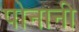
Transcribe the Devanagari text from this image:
पोनानी